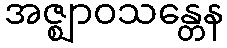
အဇ္ဈာဝသန္တေန